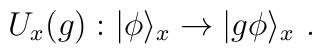
U_x(g):|\phi\rangle_x\to |g\phi\rangle_x~.